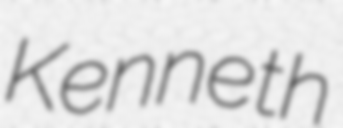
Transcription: Kenneth